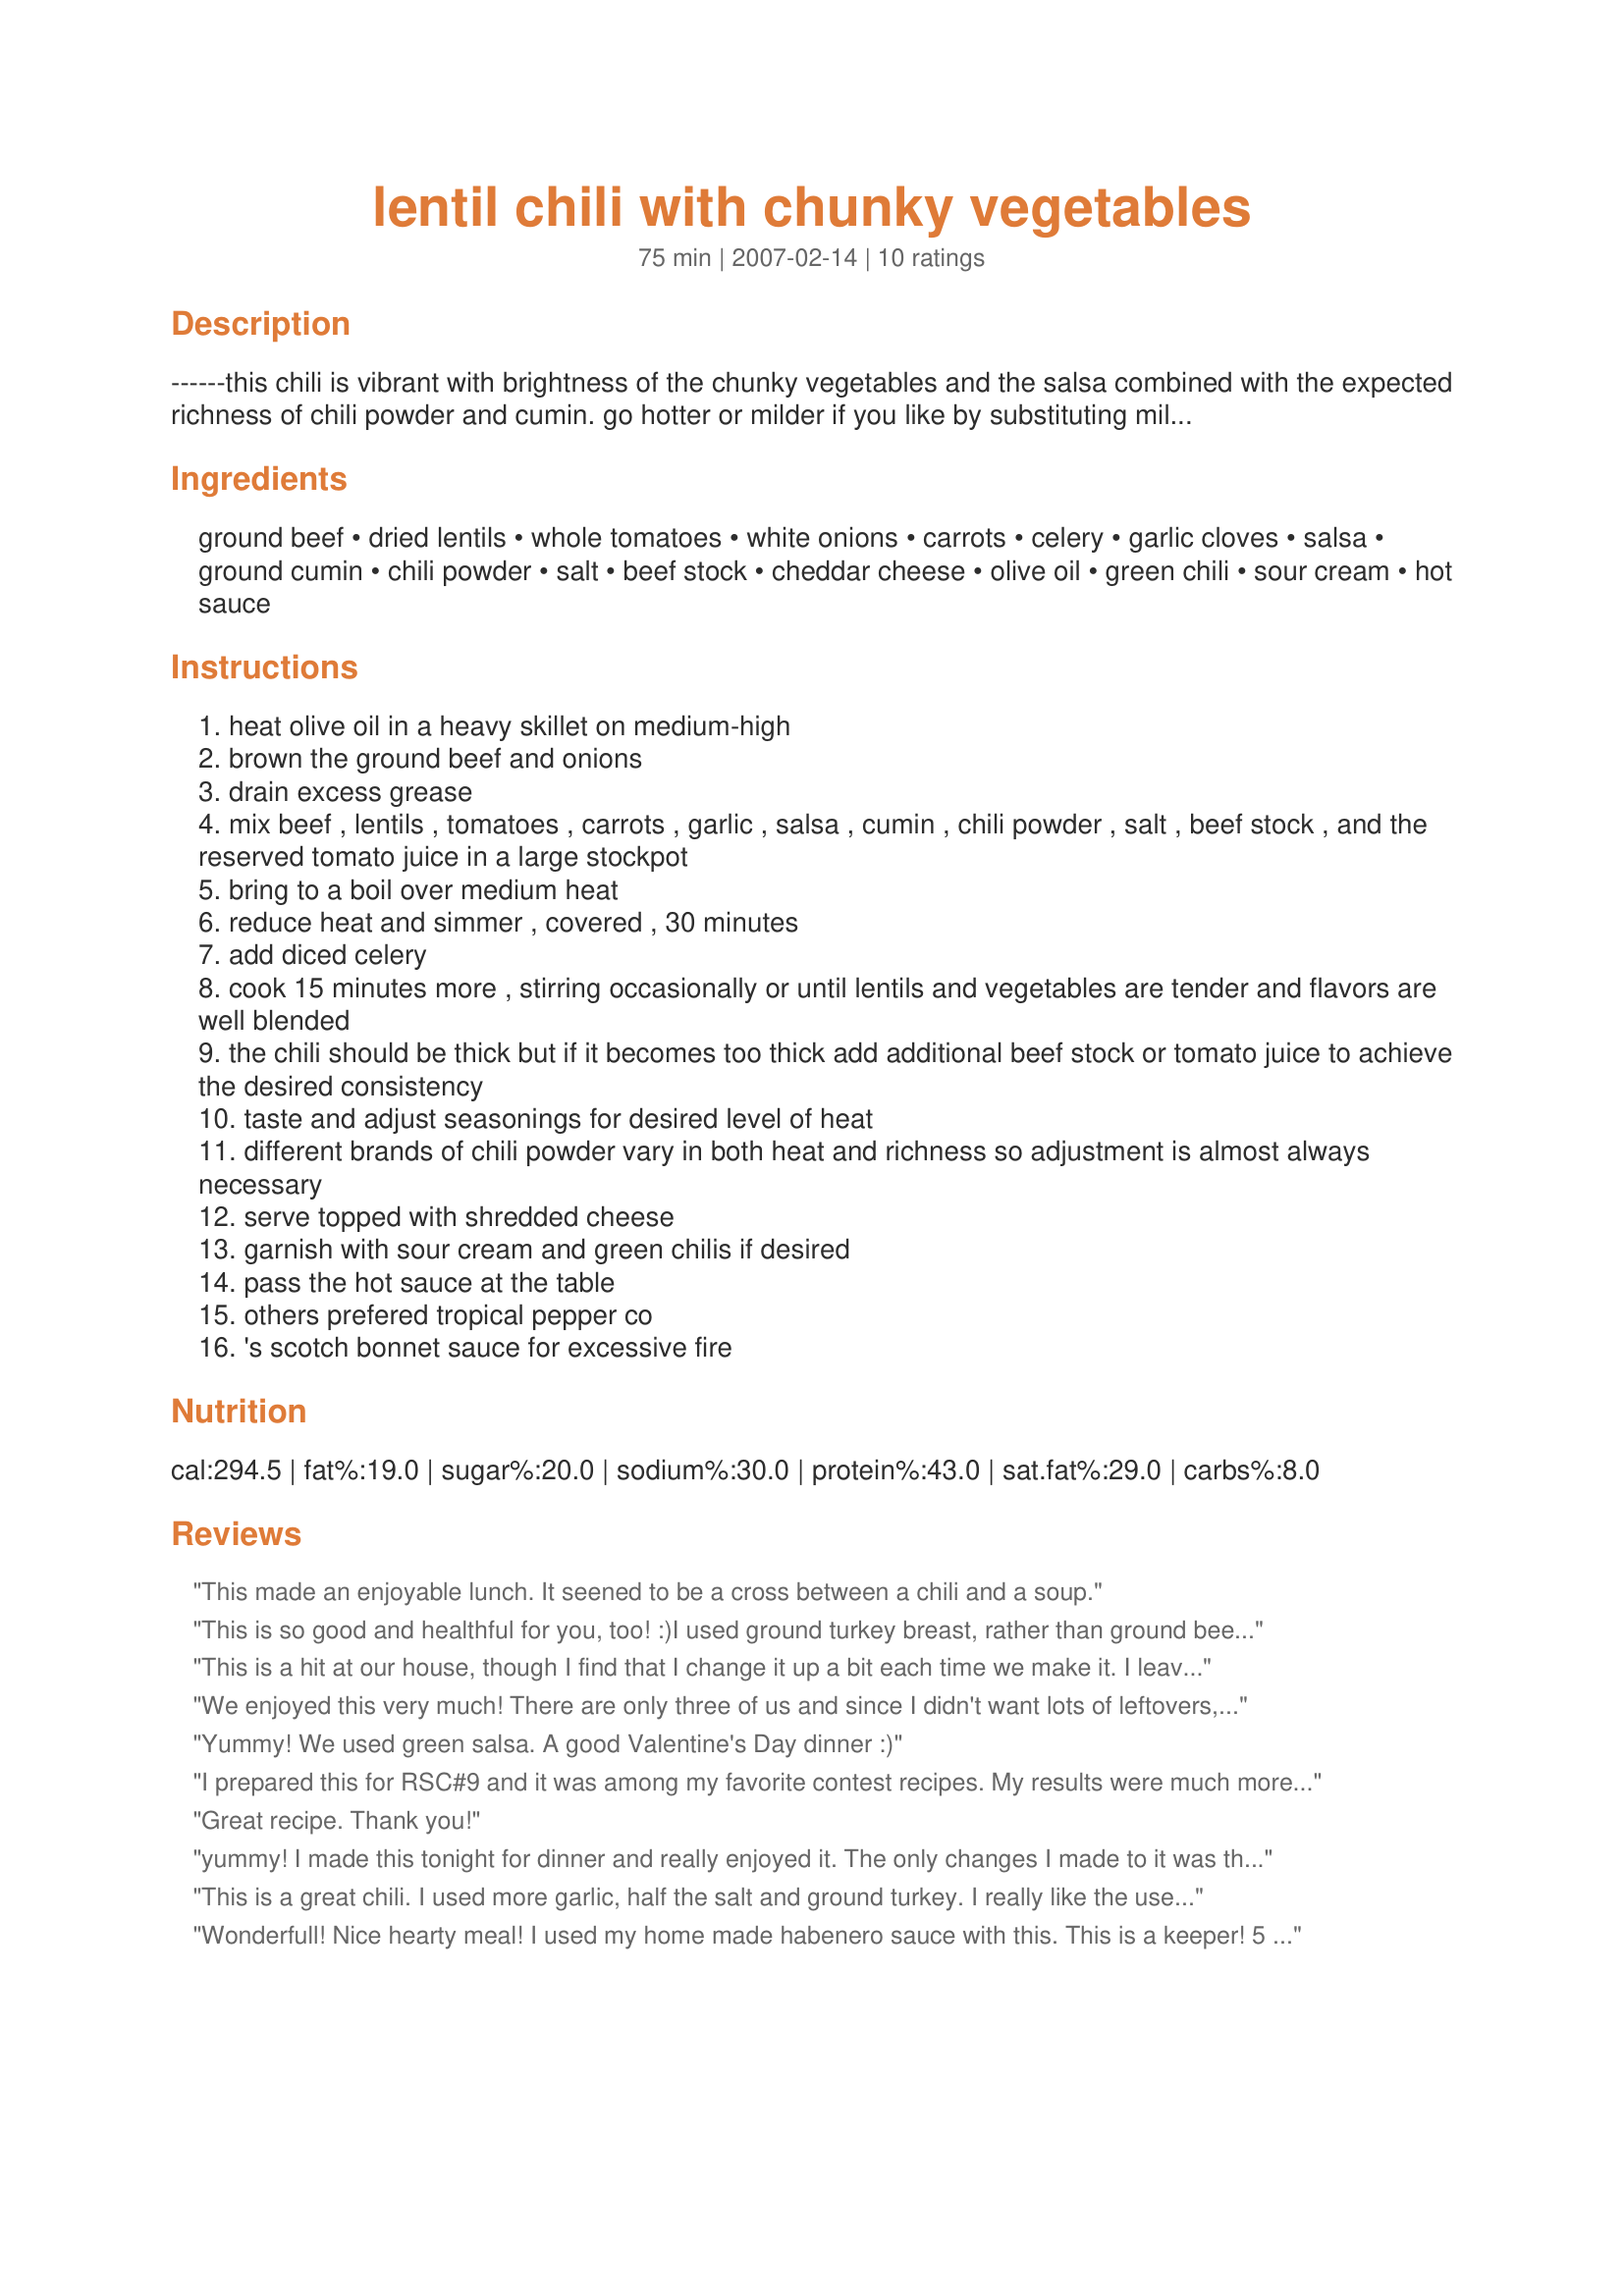
lentil chili with chunky vegetables
Preparation time: 75 minutes

------this chili is vibrant with brightness of the chunky vegetables and the salsa combined with the expected richness of chili powder and cumin. go hotter or milder if you like by substituting mild or hot salsa for medium. i recommend cornbread and a salad to complete the meal. if you aren't feeding a crowd it should be easy to divide — or freeze the extra. people who prefer to avoid red meat can successfully substitute ground turkey for the ground beef.------ note -- i originaly changed the title to "chili-spiced lentil soup with chunky vegetable" to reflect its entry into the soup category of rsc#9. however, that's a very clunky and awkward name so i simplified it once it got back into my hands. :d

Ingredients:
ground beef, dried lentils, whole tomatoes, white onions, carrots, celery, garlic cloves, salsa, ground cumin, chili powder, salt, beef stock, cheddar cheese, olive oil, green chili, sour cream, hot sauce

Steps:
heat olive oil in a heavy skillet on medium-high
brown the ground beef and onions
drain excess grease
mix beef , lentils , tomatoes , carrots , garlic , salsa , cumin , chili powder , salt , beef stock , and the reserved tomato juice in a large stockpot
bring to a boil over medium heat
reduce heat and simmer , covered , 30 minutes
add diced celery
cook 15 minutes more , stirring occasionally or until lentils and vegetables are tender and flavors are well blended
the chili should be thick but if it becomes too thick add additional beef stock or tomato juice to achieve the desired consistency
taste and adjust seasonings for desired level of heat
different brands of chili powder vary in both heat and richness so adjustment is almost always necessary
serve topped with shredded cheese
garnish with sour cream and green chilis if desired
pass the hot sauce at the table
others prefered tropical pepper co
's scotch bonnet sauce for excessive fire

Reviews:
This made an enjoyable lunch. It seened to be a cross between a chili and a soup.
This is so good and healthful for you, too! :)I used ground turkey breast, rather than ground beef, but it either would be just as good! I followed the recipe as written, except that I added about a quarter cup of canned jalepenos, because I like a bit of spice. Mine turned out pretty thick--much more like chili than a soup, and made 19 cups! It has great flavor! Next time, I might add red peppers, maybe some corn,and possibly more garlic as well, but I loved it as is! Thanks for sharing this yummy dish! :)
This is a hit at our house, though I find that I change it up a bit each time we make it. I leave out the salsa, as the tomatoes are plenty, and add spices to taste.
Thanks for a great cold-weather meal.
We enjoyed this very much! There are only three of us and since I didn't want lots of leftovers, I halved the recipe. I also used two cans of canned lentils instead of dry. The flavors are wonderful and it was even better the next day. A nice hearty meal. Thanks for posting this. Made for Zaar Chef Alphabet Soup.
Yummy! We used green salsa. A good Valentine's Day dinner :)
I prepared this for RSC#9 and it was among my favorite contest recipes. My results were much more like a chili than a soup; thick rich and full of delicious textures and flavors. Served mine over brown rice with soy cheddar shreds on top. I did not add the optional chilies as my favorite salsa -- Trader Joe's chipotle salsa -- added plenty of zip. Cooking directions were clear and easy to follow. Next time I will add more carrots and a little more celery to increase the chunky vegetable feel. Thanks.
Great recipe. Thank you!
yummy! I made this tonight for dinner and really enjoyed it. The only changes I made to it was that I didn't have ground meat so I cut up some beef into ~1/2 inch cubes and used that instead. I also used chicken broth rather than beef. I added an extra carrot, an extra stalk of celery, a couple extra garlic cloves, and three or four times as much chili pepper. I plan to make this again. Thank you!
*Update* I tried just throwing everything except the last five ingredients into a slow cooker on low for about 8hrs. and it came out great that way too!
This is a great chili. I used more garlic, half the salt and ground turkey. I really like the use of lentils in it - it's a nice and different change.
Wonderfull! Nice hearty meal!
I used my home made habenero sauce with this.
This is a keeper!

5 stars
